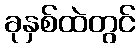
ခုနှစ်ထဲတွင်